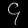
Digit: ၄